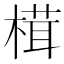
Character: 榵